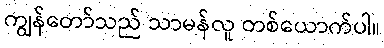
ကျွန်တော်သည် သာမန်လူ တစ်ယောက်ပါ။